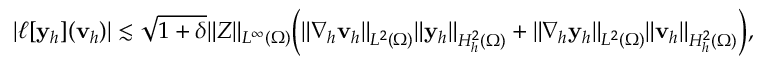
\begin{array} { r } { | \ell [ { \mathbf { y } _ { h } } ] ( \mathbf { v } _ { h } ) | \lesssim \sqrt { 1 + \delta } \| Z \| _ { L ^ { \infty } ( \Omega ) } \Big ( \| \nabla _ { h } \mathbf { v } _ { h } \| _ { L ^ { 2 } ( \Omega ) } \| { \mathbf { y } _ { h } } \| _ { H _ { h } ^ { 2 } ( \Omega ) } + \| \nabla _ { h } { \mathbf { y } _ { h } } \| _ { L ^ { 2 } ( \Omega ) } \| \mathbf { v } _ { h } \| _ { H _ { h } ^ { 2 } ( \Omega ) } \Big ) , } \end{array}